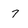
Character: 7